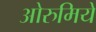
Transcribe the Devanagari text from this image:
ओरुमिये